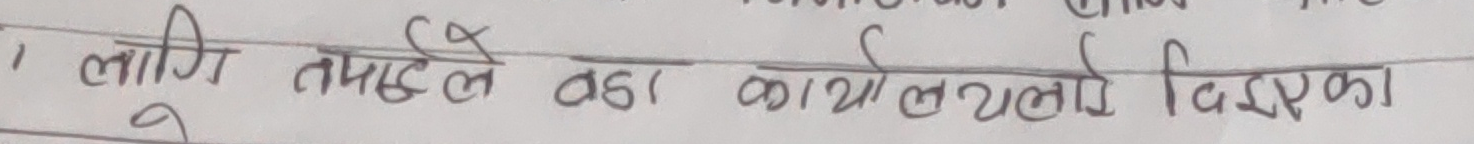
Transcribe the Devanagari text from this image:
लागि तपाइले वडा कार्यालयले दिएका